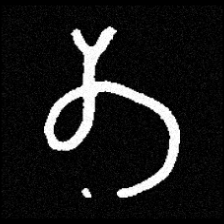
Pyu character \u2014 Myanmar letter: တ (romanized: ta)